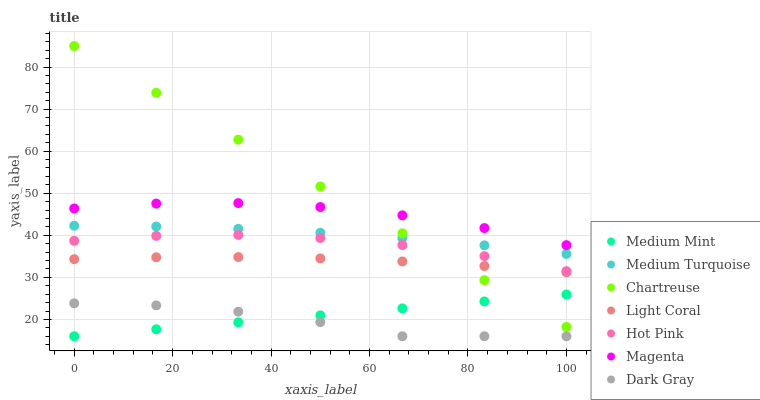
| xaxis_label | Medium Mint | Medium Turquoise | Chartreuse | Light Coral | Hot Pink | Magenta | Dark Gray |
 | --- | --- | --- | --- | --- | --- | --- | --- |
 | 0 | 16 | 42.3 | 85 | 34.3 | 38.7 | 46.4 | 23.8 |
 | 16.7 | 17.7 | 42.1 | 73.9 | 34.8 | 39.9 | 47.5 | 23.3 |
 | 33.3 | 19.3 | 41.5 | 62.7 | 34.8 | 40.1 | 47.7 | 21.8 |
 | 50 | 21 | 40.6 | 51.6 | 34.5 | 39.4 | 46.7 | 19.4 |
 | 66.7 | 22.6 | 39.3 | 40.5 | 33.8 | 37.7 | 44.7 | 16 |
 | 83.3 | 24.3 | 37.6 | 29.3 | 32.7 | 35.1 | 41.7 | 16 |
 | 100 | 25.9 | 35.6 | 18.2 | 31.2 | 31.5 | 37.7 | 16 |